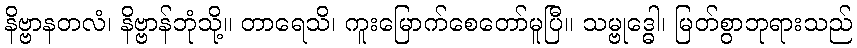
နိဗ္ဗာနတလံ၊ နိဗ္ဗာန်ဘုံသို့။ တာရေသိ၊ ကူးမြောက်စေတော်မူပြီ။ သမ္ဗုဒ္ဓေါ၊ မြတ်စွာဘုရားသည်